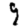
Digit: 9